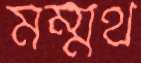
মম্মথ